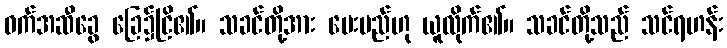
ဝက်အဆီခွေ ခြေ၌ငြိ၏။ သခင်တို့အား ပေးမည်ဟု ယူလိုက်၏။ သခင်တို့သည် သင်ရဟန်း